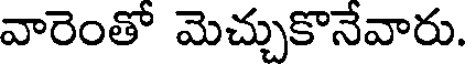
వారెంతో మెచ్చుకొనేవారు.